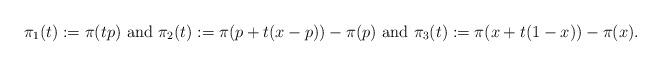
LaTeX: \begin{align*}\pi_1(t) := \pi(tp) \textup{ and } \pi_2(t) := \pi(p+t(x-p)) - \pi(p)\textup{ and } \pi_3(t) := \pi(x+t(1-x)) - \pi(x).\end{align*}